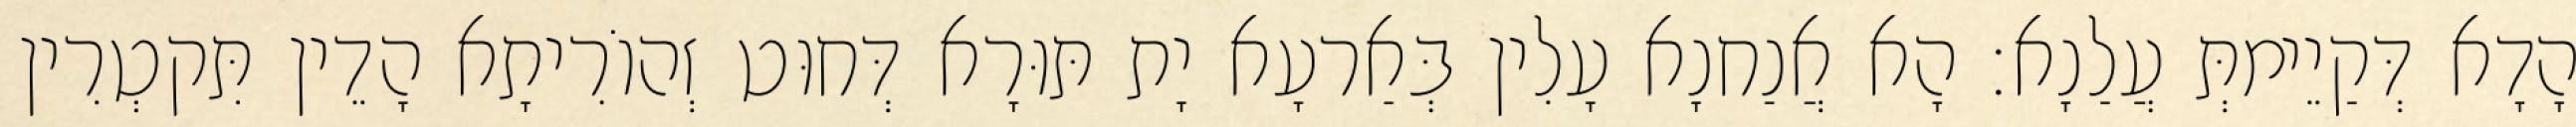
הָדָא דְּקַיֵימתְּ עֲלַנָא׃ הָא אֲנַחנָא עָלִין בְּאַרעָא יָת תּוּרָא דְּחוּט זְהוֹרִיתָא הָדֵין תִּקטְרִין